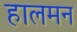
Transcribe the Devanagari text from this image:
हालमन